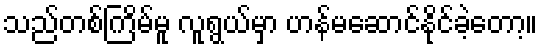
သည်တစ်ကြိမ်မူ လူရွယ်မှာ ဟန်မဆောင်နိုင်ခဲ့တော့။